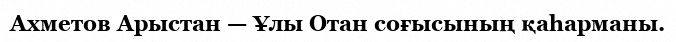
Ахметов Арыстан — Ұлы Отан соғысының қаһарманы.